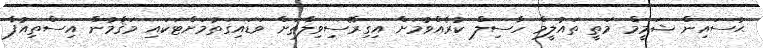
ޙުސައިން ޝަމީމް މަތީ ތައުލީމް ހާސިލް ކުރެއްވުމަށް އިގިރޭސިވިލާތަށް ވަޑައިގަތުމަށްޓަކައި މަޤާމުން އިސްތިއުފާ